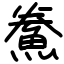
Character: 鮝